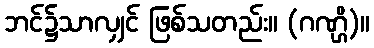
ဘင်၌သာလျှင် ဖြစ်သတည်း။ (ဂဏ္ဌိ)။